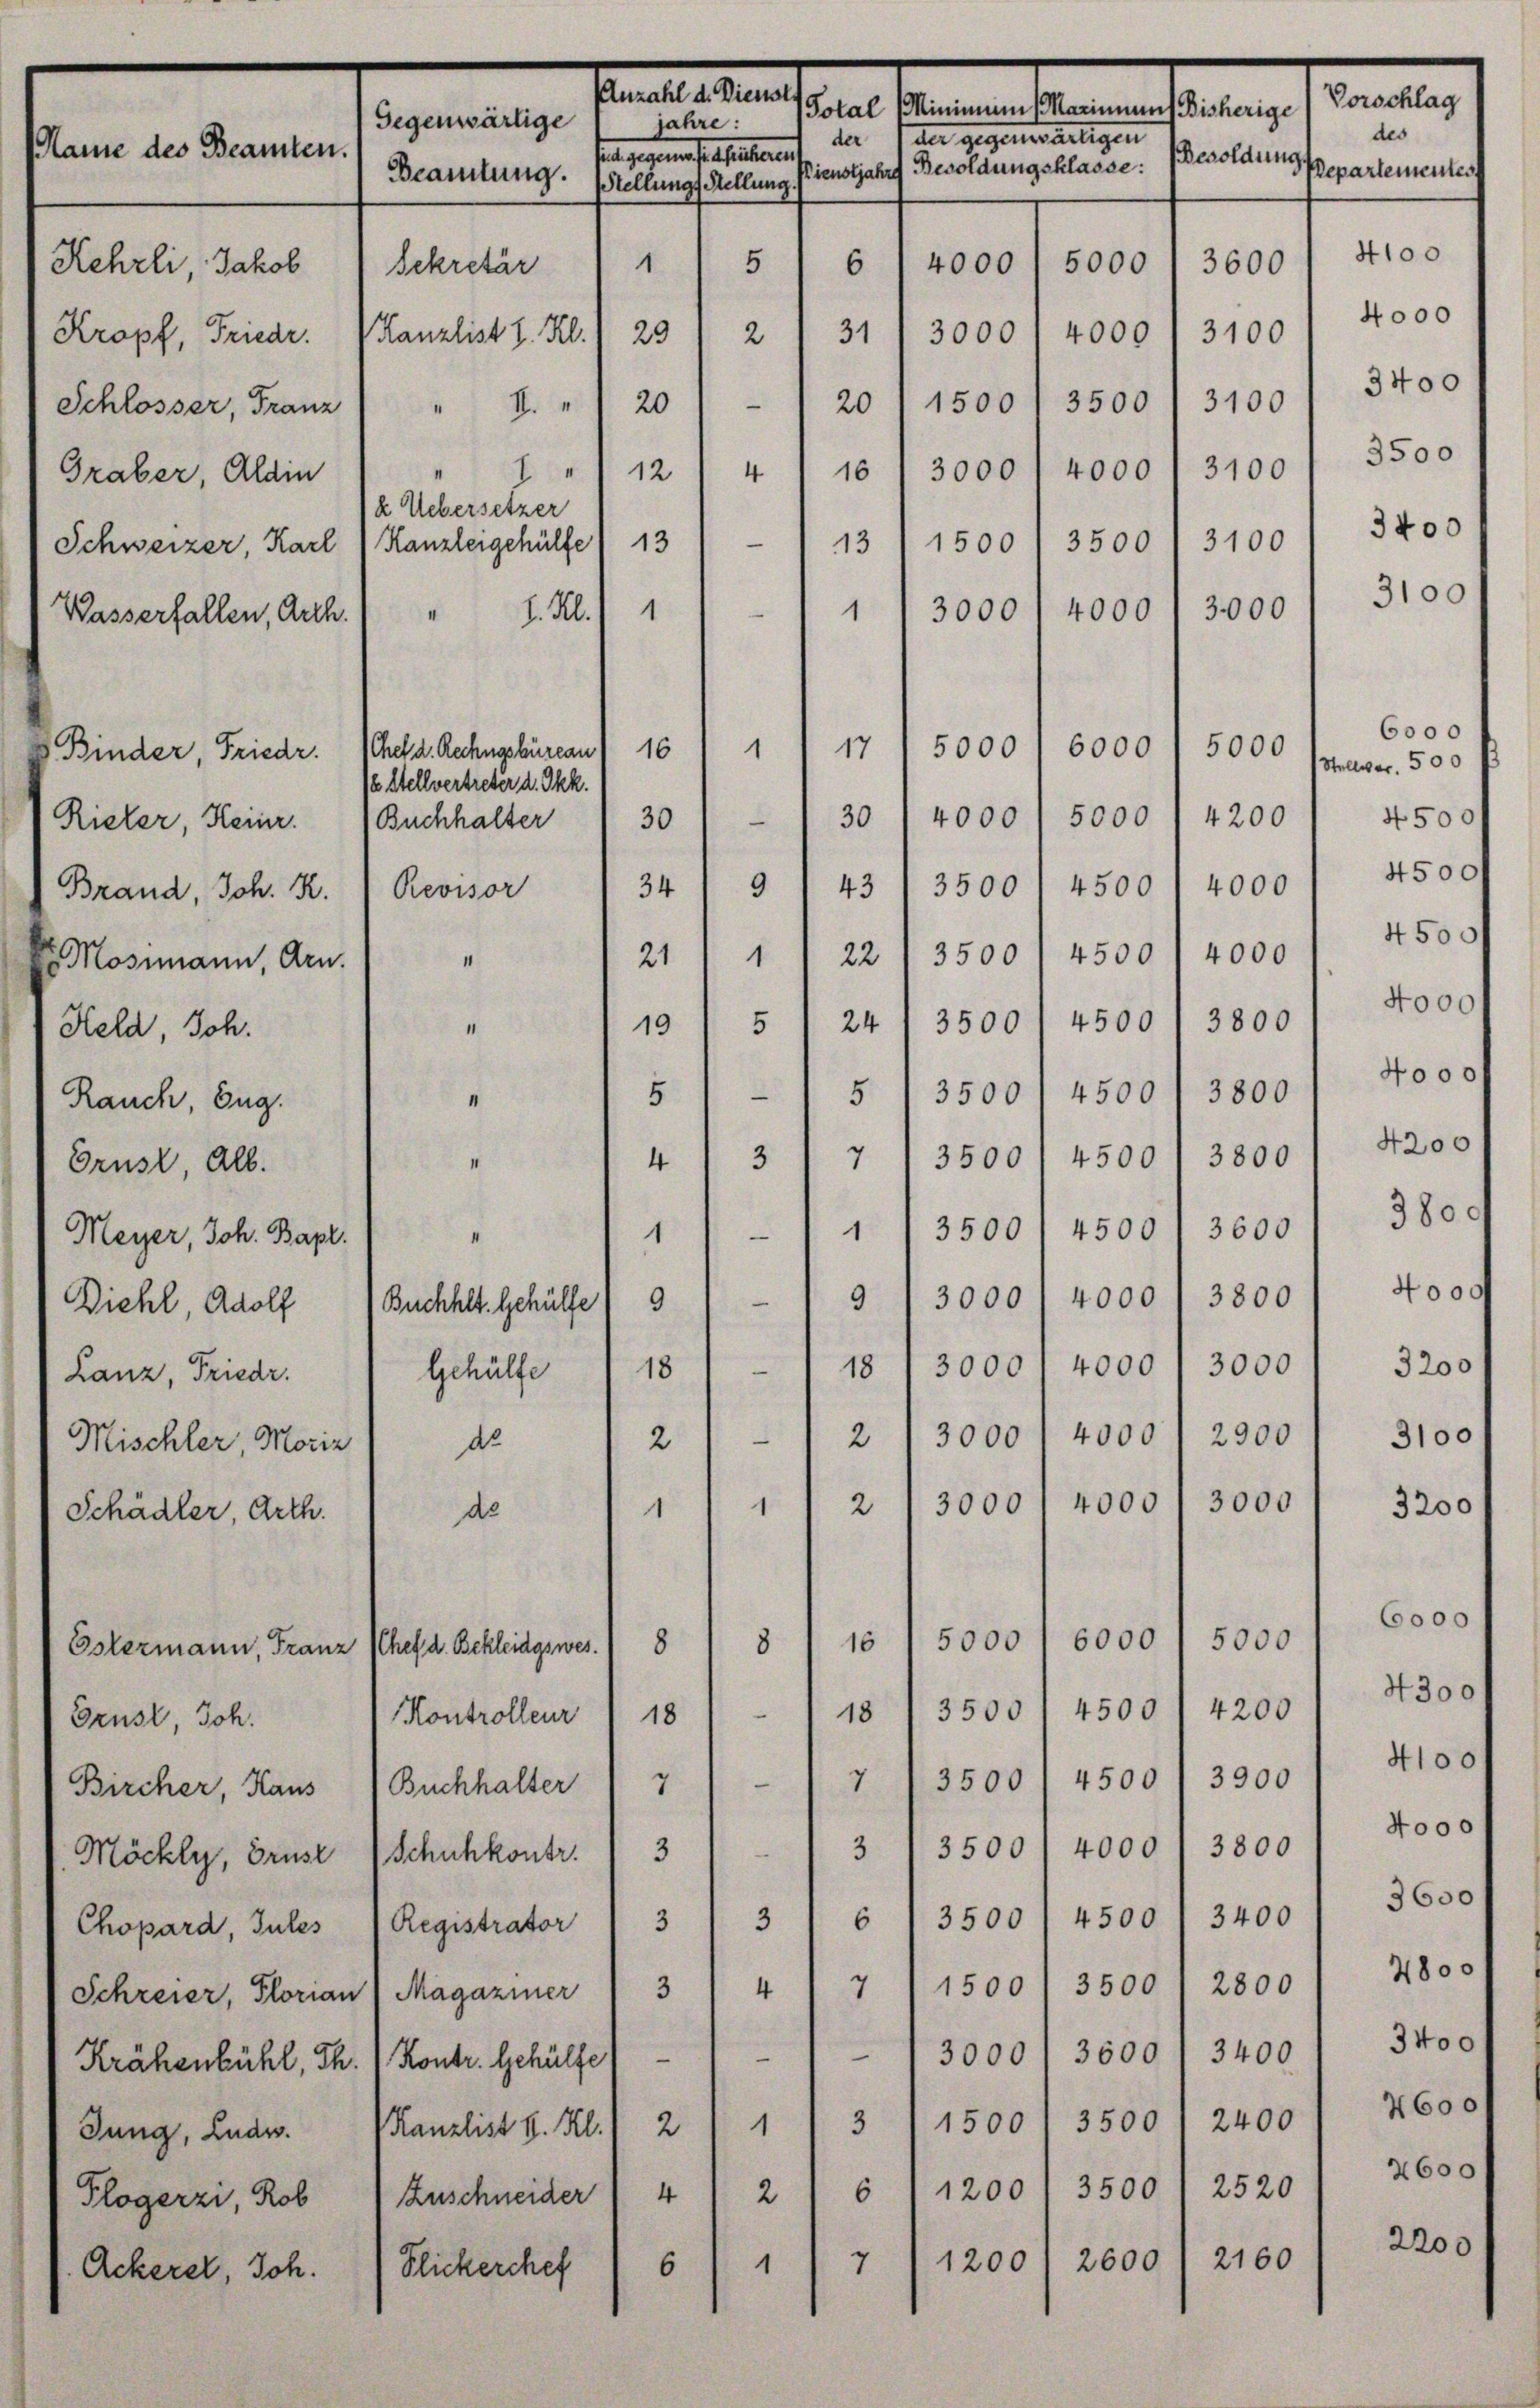
ame des Beamten.

Kehrli, Jakob
Kropf, Friedr.
Schlosser, Franz
Graber, Aldin
Schweizer, Karl
Wasserfallen, Arch.

Binder, Friedr.
Rieler, Heinr.

Brand, Joh. K.
EMosimann, Arn.
Keld, Joh.
Rauch, Zug.
Brust, Alb.
Meyer, Joh. Bapt.
Diehl, Adolf
Lanz, Friedr.
Mischler, Moriz
Schädler, Arth.

Estermann, Franz
Grust, Joh.
Bircher, Haus
Möckly, Brust
Chopard, Jules
Krähenbühl, Th. 1. Kontr. Gehülfe
Jung, Ludw.
Plogerzi, Rob

Ackerer, Joh.

Gegenwärtige
Beamtung.
bekretär
I.
4
) 12/4 116 / 3000 l 4000 I 3100/ 3500
a Uebersetzer
Kanzleigehülfe 13 1 — 113 / 1500 1 3500 / 3100) 3400
3100
1
1
3000
4000
4
3000
J. M.
17
5000
1
5000
6000
Chef d. Rechngsbureau 16
/ Stellvertreter d. Okk.
30
4000) 5000 / 4200
¬
Buchhalter
30
43 / 3500 I 4500 1 4000 / 4500
9
34
Revisor
21, 11 22/ 3500) 4500 / 4000
.
24/ 3500 / 4500 / 3800) Nooo
5
19
11.
3500 / 4500 I 3300) Fooo
51
5
“
3500 / 4500 I 3300) 4200
7
3
4
II
11/35001 4500 I 3600) 3800
1
9 13000 f 4000 / 3800) 4000
e
9
Buchhlt. Gehülfe
i
18 / 3000/ 4000 / 3000 / 3200
Gehülfe 18
1 d. 12 - 1 2) 3000 l 4000 I 23001 3100
3000
3000 1 4000
2
d
1
de
6000
6000
5000
5000
16
8
8
Chef d. Bekleidgswes
18/3500 f 4500 f 4200/ 4300
.
Kontrolleur) 18
Buchhalter 13 1/7 (3500/ 4500/ 3300 / 4100
Schuhkontr. 131 - 1 3 1 3500/ 4000 1 3800 " 4000
o 13500/4500 /3400 f 3000
3
Registrator 1 3
Schreier, Florian (Magaziner 13 14) 7 (1500 / 3500 1 2800 / 4800
/3000) 3600 1 3400 / 3voo

3 11500' 3500 / 2400 / 7600)
1
Kanzlist v. Kl. 2
Zuschneider 4 f 21 6/1200/ 3500 I 2520/ 2600
2200
2160
4
1200 2600
1
6
Blickerchef

Vorschlag
senmeisten seine Generanlagenen sei einen
jahre:
des
der der gegenderseitigen
sine gesten sie seltsament
Besoldung
Pienstjahre Besoldungsklasse:
Pepartementest
Stellungs Stellung.
4100
5
6
4000
5000
3600
Kanzlist I. Kl. 1 29 / 2 (31 (3000 / 4000 / 31001 4000
20 1 - 1 20 " 1500 I 3500 / 3100/ 3400

4500f
3200

6000
Stallwer. 500
N 500